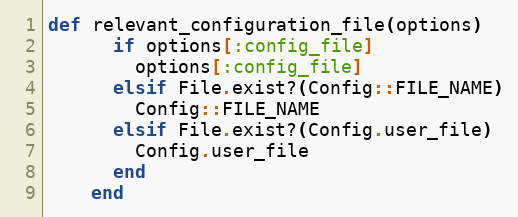
Language: Ruby
def relevant_configuration_file(options)
      if options[:config_file]
        options[:config_file]
      elsif File.exist?(Config::FILE_NAME)
        Config::FILE_NAME
      elsif File.exist?(Config.user_file)
        Config.user_file
      end
    end